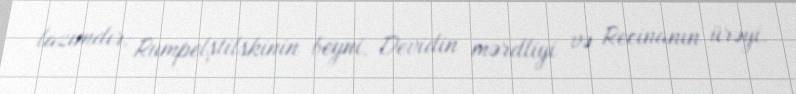
lazımdır: Rumpelştilskinin beyni, Devidin mərdliyi və Recinanın ürəyi.